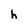
Character: h